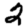
Digit: 2